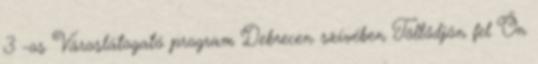
3 -os Városlátogató program Debrecen szívében Töltődjön fel Ön